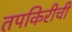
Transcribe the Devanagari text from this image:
तपकिरीची